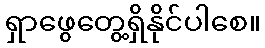
ရှာဖွေတွေ့ရှိနိုင်ပါစေ။